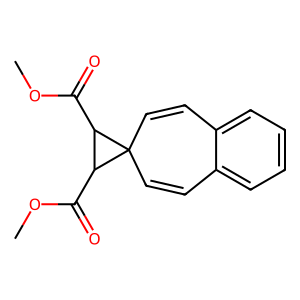
SMILES: COC(=O)C1C(C(=O)OC)C12C=Cc1ccccc1C=C2
Inhibits HIV replication: No